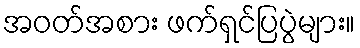
အဝတ်အစား ဖက်ရှင်ပြပွဲများ။